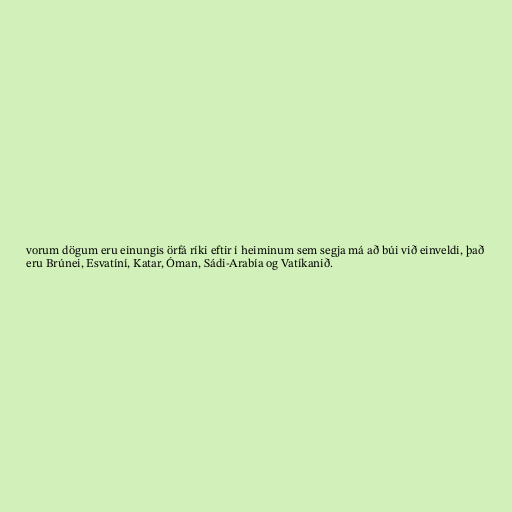
vorum dögum eru einungis örfá ríki eftir í heiminum sem segja má að búi við einveldi, það
eru Brúnei, Esvatíní, Katar, Óman, Sádi-Arabía og Vatíkanið.